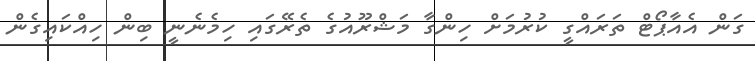
ގަން އެއާޕޯޓް ތަރައްގީ ކުރުމަށް ހިންގާ މަޝްރޫއުގެ ތެރޭގައި ހިމެނެނީ ބިން ހިއްކައިގެން